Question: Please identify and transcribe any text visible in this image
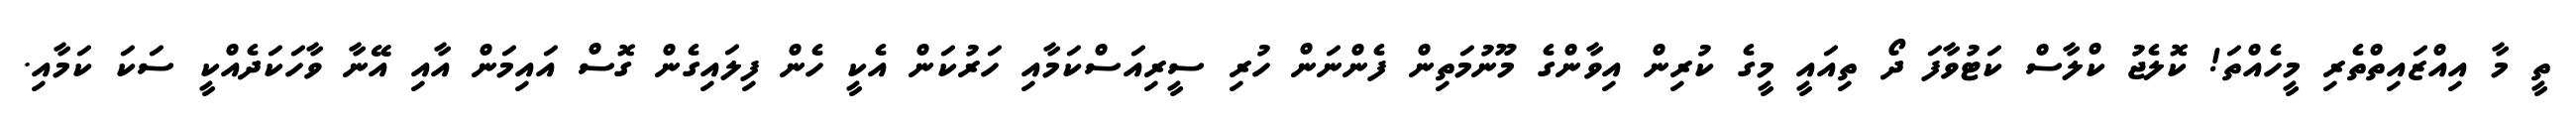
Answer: ތީ މާ އިއްޒައިތްތެރި މީހެއްތަ! ކޮލެޖު ކްލާސް ކަޓުވާފަ ދޯ ތިއައީ މީގެ ކުރިން އިވާންގެ މޫނުމަތިން ފެންނަން ހުރި ސީރިއަސްކަމާއި ހަރުކަން އެކީ ހެން ފިލައިގެން ގޮސް އައިމަން އާއި އޭނާ ވާހަކަދެއްކީ ސަކަ ކަމާއި.